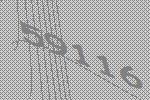
59116